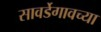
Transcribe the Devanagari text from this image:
सावर्डेगावच्या